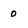
Character: 0